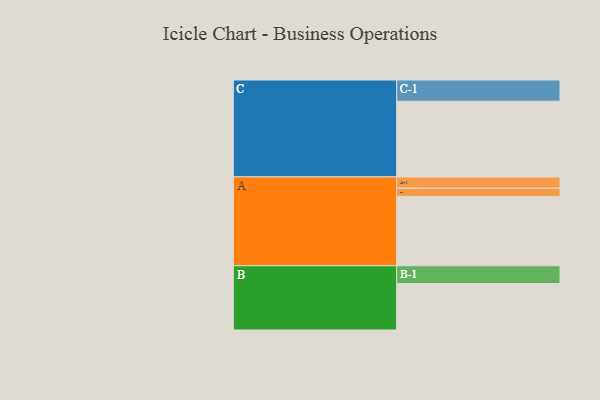
{"axis": {"x": "Segment", "y": "Value"}, "legend": ["", "A", "B", "C"], "data": [{"x": "A", "y": 524, "type": ""}, {"x": "B", "y": 351, "type": ""}, {"x": "C", "y": 572, "type": ""}, {"x": "A-1", "y": 85, "type": "A"}, {"x": "A-2", "y": 62, "type": "A"}, {"x": "B-1", "y": 134, "type": "B"}, {"x": "C-1", "y": 160, "type": "C"}]}